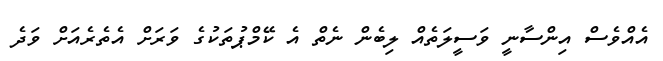
އެއްވެސް އިންސާނީ ވަސީލަތެއް ލިބެން ނެތް އެ ކޭމްޕުތަކުގެ ވަރަށް އެތެރެއަށް ވަދެ